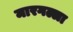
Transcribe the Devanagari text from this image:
मारगल्ला